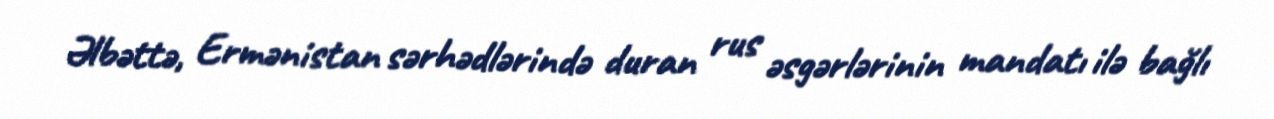
Əlbəttə, Ermənistan sərhədlərində duran rus əsgərlərinin mandatı ilə bağlı